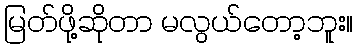
မြတ်ဖို့ဆိုတာ မလွယ်တော့ဘူး။